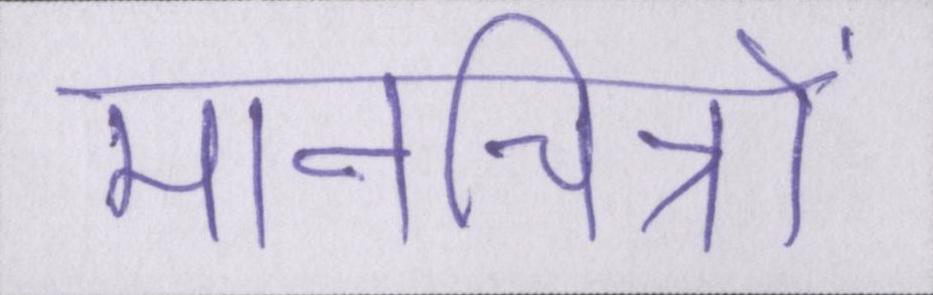
मानचित्रों